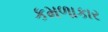
કમળાકાર